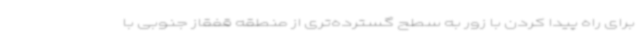
برای راه پیدا کردن با زور به سطح گسترده‌تری از منطقه قفقاز جنوبی با